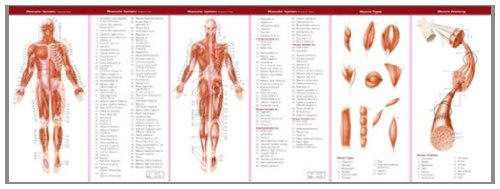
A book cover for Anatomical Chart Company's Illustrated Pocket Anatomy: The Muscular & Skeletal Systems Study Guide; Anatomical Chart Company; Medical Books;